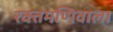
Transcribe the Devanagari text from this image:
रक्तमणिवाला